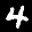
Label: 4